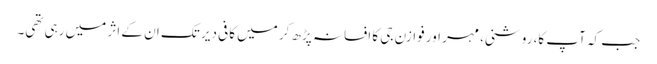
جب کہ آپ کا، روشنی، مہر اور فوازن جی کا افسانہ پڑھ کر میں کافی دیر تک ان کے اثر میں رہی تھی۔